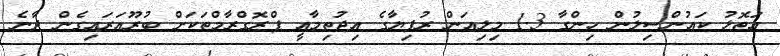
އަތޮޅު ކައުންސިލުން ހިންގާ 1.3 މިލިއަން ރުފިޔާގެ އިޖުތިމާއީ ޕްރޮގްރާމްތަކަށް ބުރޫއަރައިގެން ދާނެ